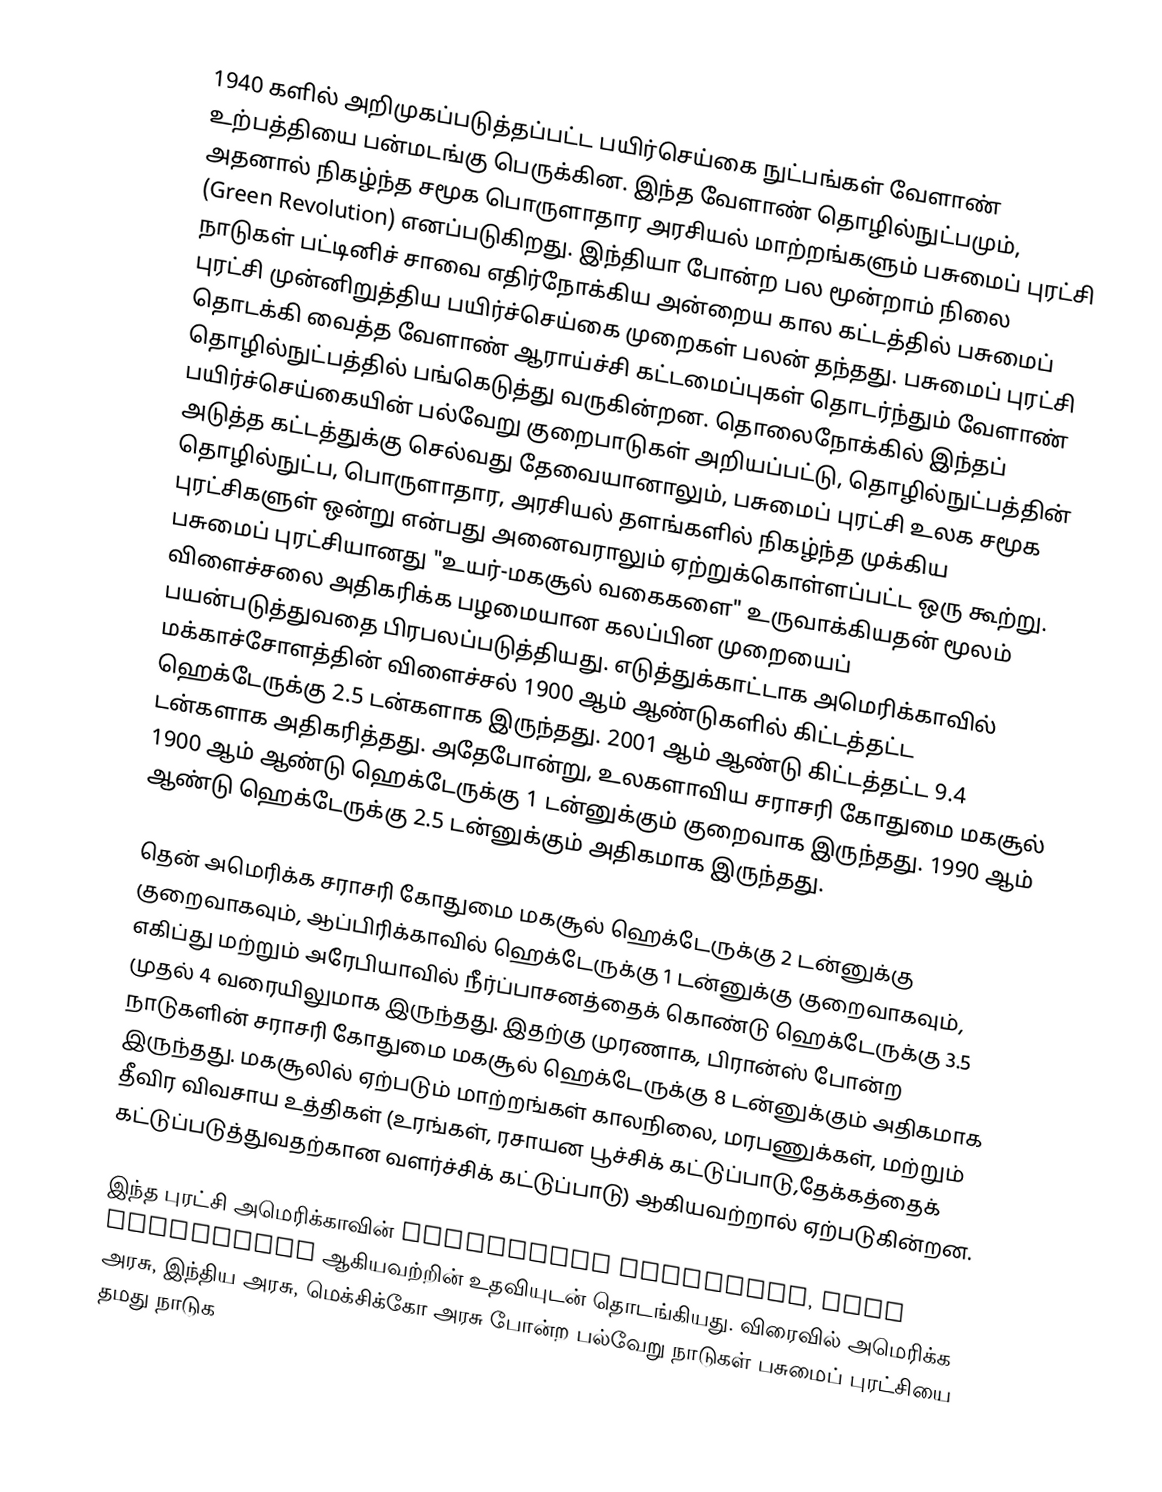
1940 களில் அறிமுகப்படுத்தப்பட்ட பயிர்செய்கை நுட்பங்கள் வேளாண் உற்பத்தியை பன்மடங்கு பெருக்கின. இந்த வேளாண் தொழில்நுட்பமும், அதனால் நிகழ்ந்த சமூக பொருளாதார அரசியல் மாற்றங்களும் பசுமைப் புரட்சி (Green Revolution) எனப்படுகிறது. இந்தியா போன்ற பல மூன்றாம் நிலை நாடுகள் பட்டினிச் சாவை எதிர்நோக்கிய அன்றைய கால கட்டத்தில் பசுமைப் புரட்சி முன்னிறுத்திய பயிர்ச்செய்கை முறைகள் பலன் தந்தது. பசுமைப் புரட்சி தொடக்கி வைத்த வேளாண் ஆராய்ச்சி கட்டமைப்புகள் தொடர்ந்தும் வேளாண் தொழில்நுட்பத்தில் பங்கெடுத்து வருகின்றன. தொலைநோக்கில் இந்தப் பயிர்ச்செய்கையின் பல்வேறு குறைபாடுகள் அறியப்பட்டு, தொழில்நுட்பத்தின் அடுத்த கட்டத்துக்கு செல்வது தேவையானாலும், பசுமைப் புரட்சி உலக சமூக தொழில்நுட்ப, பொருளாதார, அரசியல் தளங்களில் நிகழ்ந்த முக்கிய புரட்சிகளுள் ஒன்று என்பது அனைவராலும் ஏற்றுக்கொள்ளப்பட்ட ஒரு கூற்று. பசுமைப் புரட்சியானது "உயர்-மகசூல் வகைகளை" உருவாக்கியதன் மூலம் விளைச்சலை அதிகரிக்க பழமையான கலப்பின முறையைப் பயன்படுத்துவதை பிரபலப்படுத்தியது. எடுத்துக்காட்டாக  அமெரிக்காவில் மக்காச்சோளத்தின் விளைச்சல் 1900 ஆம் ஆண்டுகளில் கிட்டத்தட்ட ஹெக்டேருக்கு 2.5 டன்களாக இருந்தது. 2001 ஆம் ஆண்டு கிட்டத்தட்ட 9.4 டன்களாக அதிகரித்தது. அதேபோன்று, உலகளாவிய சராசரி கோதுமை மகசூல் 1900 ஆம் ஆண்டு ஹெக்டேருக்கு 1 டன்னுக்கும் குறைவாக இருந்தது. 1990 ஆம் ஆண்டு ஹெக்டேருக்கு 2.5 டன்னுக்கும் அதிகமாக இருந்தது.

தென் அமெரிக்க சராசரி கோதுமை மகசூல் ஹெக்டேருக்கு 2 டன்னுக்கு குறைவாகவும், ஆப்பிரிக்காவில் ஹெக்டேருக்கு 1 டன்னுக்கு குறைவாகவும், எகிப்து மற்றும் அரேபியாவில் நீர்ப்பாசனத்தைக் கொண்டு ஹெக்டேருக்கு 3.5 முதல் 4 வரையிலுமாக இருந்தது. இதற்கு முரணாக, பிரான்ஸ் போன்ற நாடுகளின் சராசரி கோதுமை மகசூல் ஹெக்டேருக்கு 8 டன்னுக்கும் அதிகமாக இருந்தது. மகசூலில் ஏற்படும் மாற்றங்கள் காலநிலை, மரபணுக்கள், மற்றும் தீவிர விவசாய உத்திகள் (உரங்கள், ரசாயன பூச்சிக் கட்டுப்பாடு,தேக்கத்தைக் கட்டுப்படுத்துவதற்கான வளர்ச்சிக் கட்டுப்பாடு) ஆகியவற்றால் ஏற்படுகின்றன.

இந்த புரட்சி அமெரிக்காவின் Rockfeller Foudation, Ford Foundation ஆகியவற்றின் உதவியுடன் தொடங்கியது. விரைவில் அமெரிக்க அரசு, இந்திய அரசு, மெக்சிக்கோ அரசு போன்ற பல்வேறு நாடுகள் பசுமைப் புரட்சியை தமது நாடுக